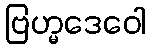
ဗြဟ္မဒေဝေါ